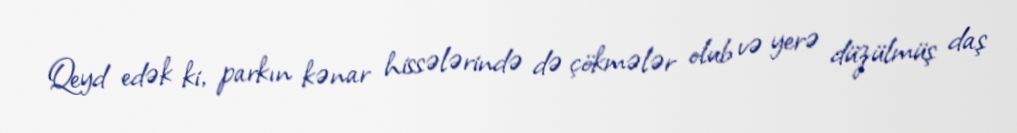
Qeyd edək ki, parkın kənar hissələrində də çökmələr olub və yerə düzülmüş daş